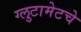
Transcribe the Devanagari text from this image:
ग्लुटामेटचे